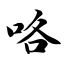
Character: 咯